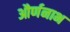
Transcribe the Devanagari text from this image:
और्णनाभ